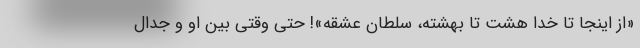
«از اینجا تا خدا هشت تا بهشته، سلطان عشقه»! حتی وقتی بین او و جدال